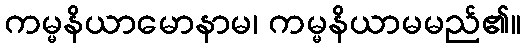
ကမ္မနိယာမောနာမ၊ ကမ္မနိယာမမည်၏။